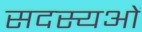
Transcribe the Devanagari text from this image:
सदस्यओं